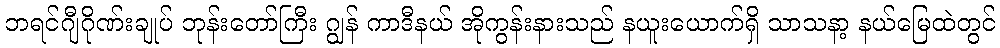
ဘရင်ဂျီဂိုဏ်းချုပ် ဘုန်းတော်ကြီး ဂျွန် ကာဒီနယ် အိုကွန်းနားသည် နယူးယောက်ရှိ သာသနာ့ နယ်မြေထဲတွင်